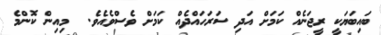
ބައިބަޔަކީ ރީޖަނެއް ކަމަށް އަދި ސަރަހައްދެއް ކަމަށް ވެސްވެއެވެ.  މިއިން ކޮންމެ